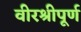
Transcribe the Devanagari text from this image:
वीरश्रीपूर्ण